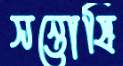
সন্তোষি